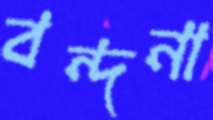
বন্দনা